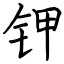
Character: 钾